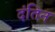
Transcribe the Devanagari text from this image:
दंतिन